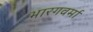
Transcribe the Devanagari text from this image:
भारगवर्मा